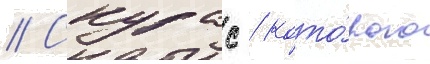
// Скурас / кото́рого